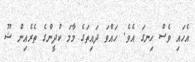
އެހައި ވެސް ހިނގަ އެވެ. ހައްވަ ދައިތަގެ މާމަ ކުދީންގެ ތެރެއިން ޝޫ